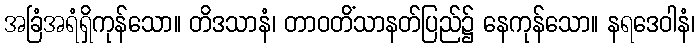
အခြံအရံရှိကုန်သော။ တိဒသာနံ၊ တာဝတိံသာနတ်ပြည်၌ နေကုန်သော။ နရဒေဝါနံ၊